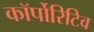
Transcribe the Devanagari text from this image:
कॉर्पोरिटिव